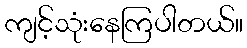
ကျင့်သုံးနေကြပါတယ်။